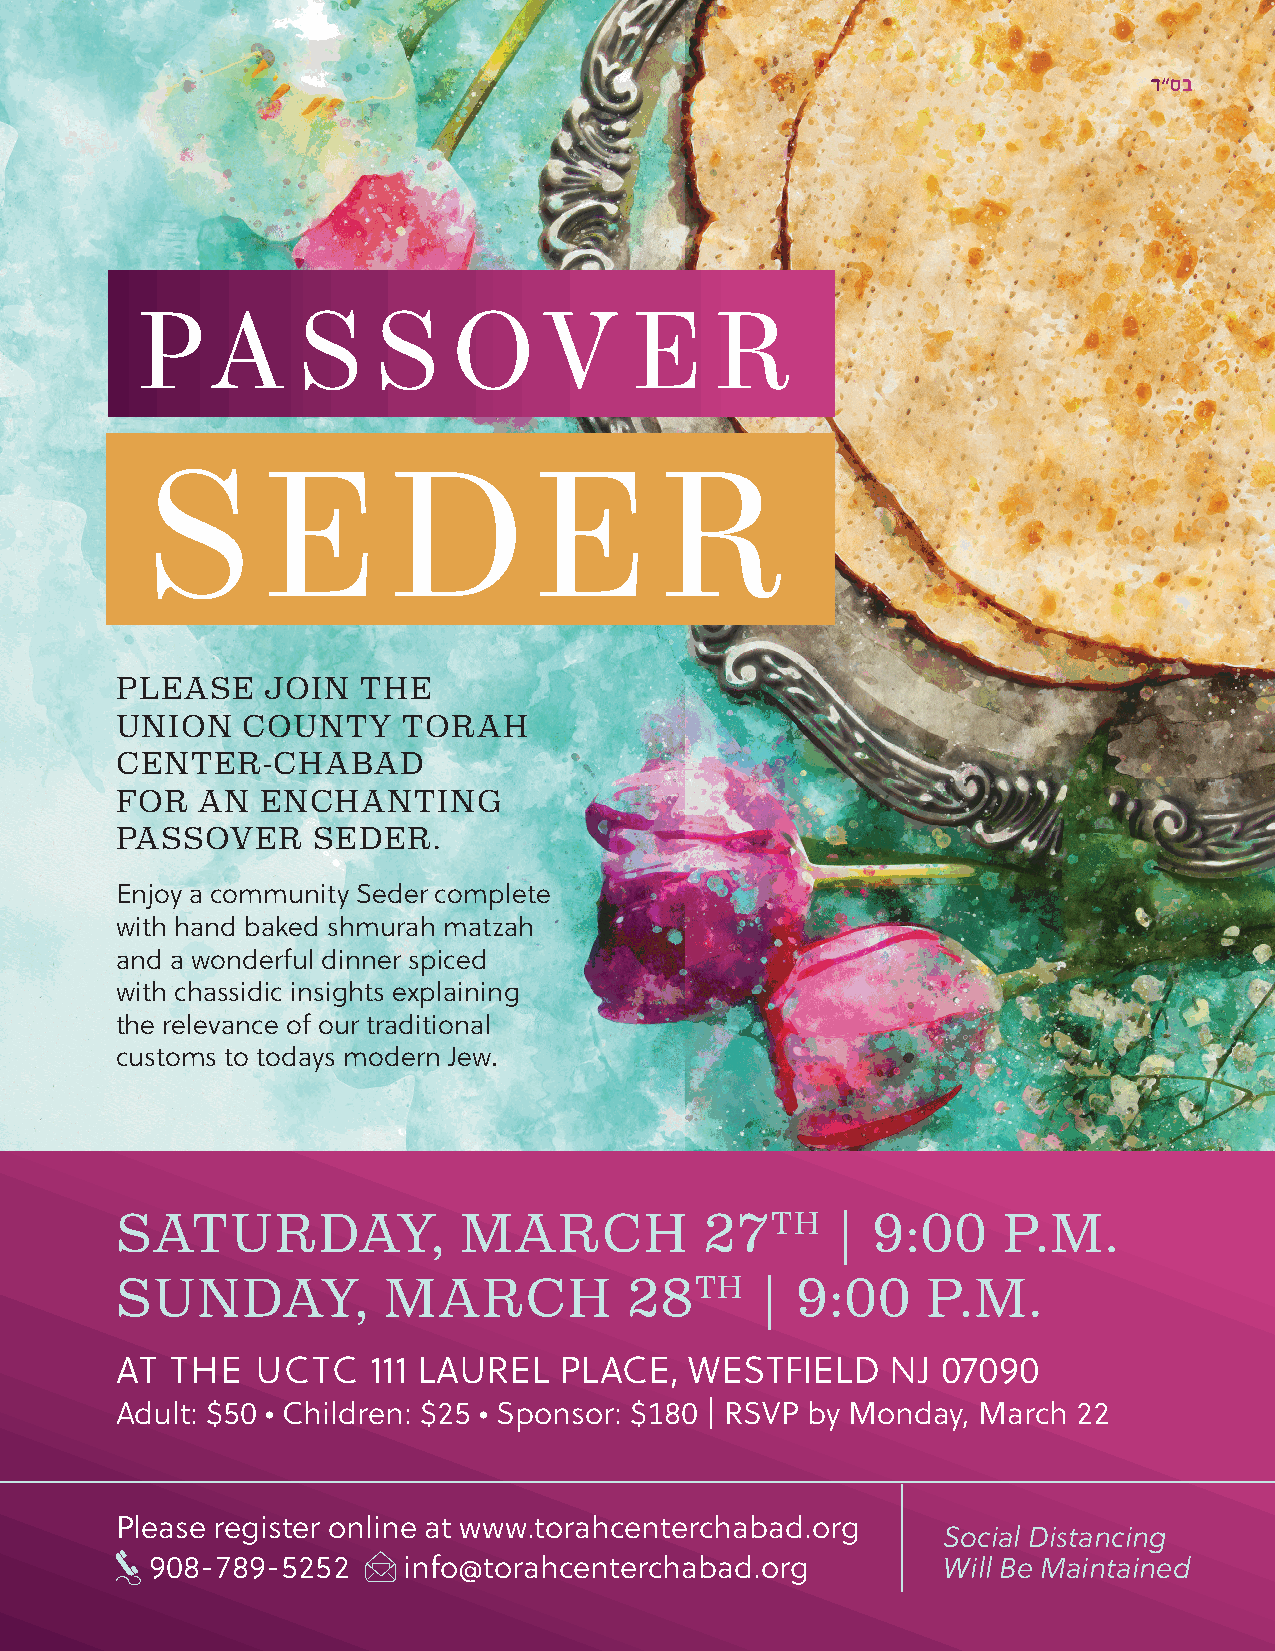
ד”סב
 PA         S    S    O     V     E    R
 S      E        D        E        R
 PLEASE    JOIN  THE
 UNION   COUNTY     TORAH
 CENTER-CHABAD
 FOR  AN  ENCHANTING
 PASSOVER     SEDER.
 Enjoy a community Seder complete
 with hand baked shmurah matzah
 and a wonderful dinner spiced
 with chassidic insights explaining
 the relevance of our traditional
 customs to todays modern Jew.
 SATURDAY,             MARCH            27TH    |  9:00    P.M.
 SUNDAY,          MARCH            28TH    |  9:00    P.M.
 AT THE   UCTC   111 LAUREL   PLACE,  WESTFIELD     NJ 07090
 Adult: $50 • Children: $25 • Sponsor: $180 | RSVP by Monday, March 22
 Please register online at www.torahcenterchabad.org
 Social Distancing
 908-789-5252     info@torahcenterchabad.org         Will Be Maintained